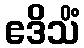
ဧဒိသိံ